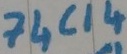
Text: 74C14